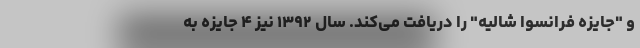
و "جایزه فرانسوا شالیه" را دریافت می‌کند. سال ۱۳۹۲ نیز ۴ جایزه به